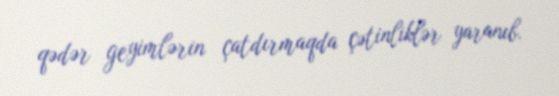
qədər geyimlərin çatdırmaqda çətinliklər yaranıb.